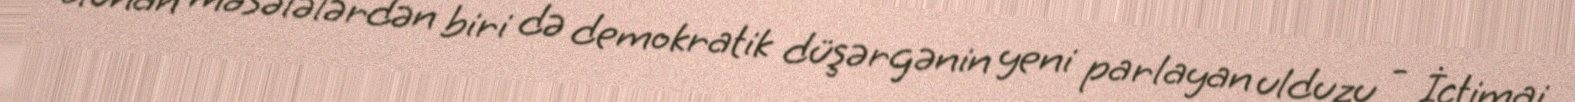
olunan məsələlərdən biri də demokratik düşərgənin yeni parlayan ulduzu - İctimai